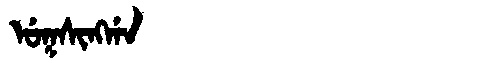
Manchu: ᡠᡴᠰᡳᠩᡤᠠ
Romanization: UKSINGGA